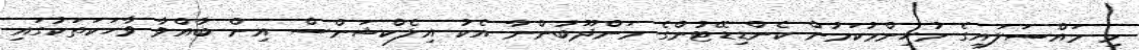
މި މައްސަލައިގެ މުހިންމުކަމުން ކެންޑިޑޭޓުންގެ މަންދޫބުންނާ އެކު އިލެކްޝަންސް އިން ބާއްވާ ވާހަކަތަކުގައި